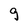
Character: g